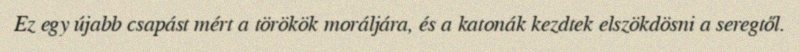
Ez egy újabb csapást mért a törökök moráljára, és a katonák kezdtek elszökdösni a seregtől.